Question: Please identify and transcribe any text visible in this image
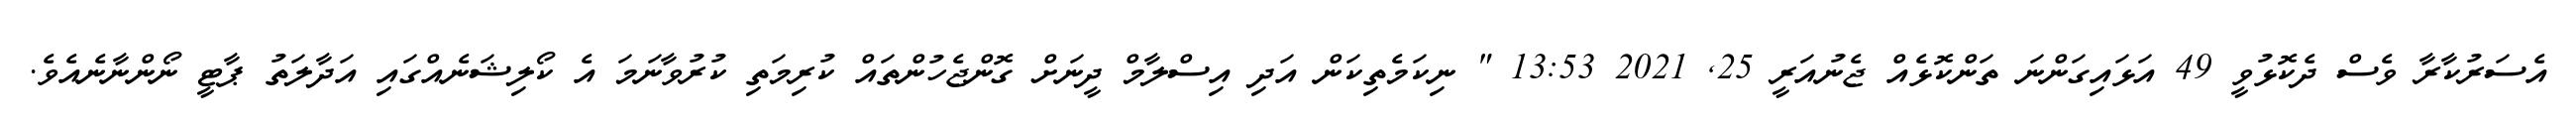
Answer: އެސަރުކާރާ ވެސް ދެކޮޅުވީ 49 އަޅައިގަންނަ ތަންކޮޅެއް ޖެނުއަރީ 25, 2021 13:53 " ނިކަމެތިކަން އަދި އިސްލާމް ދީނަށް ގޮންޖެހުންތައް ކުރިމަތި ކުރުވާނަމަ އެ ކޯލިޝަނެއްގައި އަދާލަތު ޕާޓީ ނޯންނާނެއެވެ.